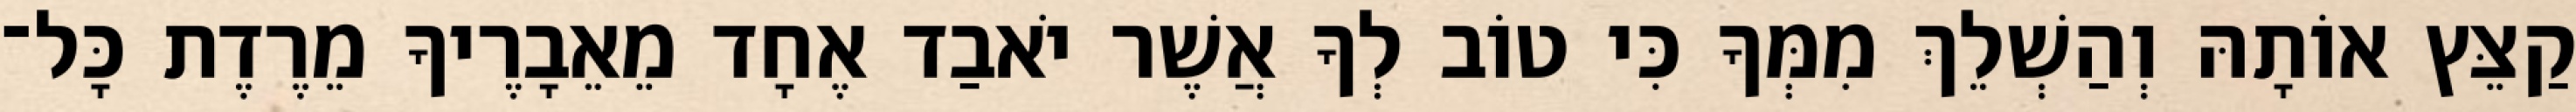
קַצֵּץ אוֹתָהּ וְהַשְׁלֵךְ מִמְּךָ כִּי טוֹב לְךָ אֲשֶׁר יֹאבַד אֶחָד מֵאֵבָרֶיךָ מֵרֶדֶת כָּל־